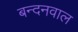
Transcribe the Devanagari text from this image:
बन्दनवाल